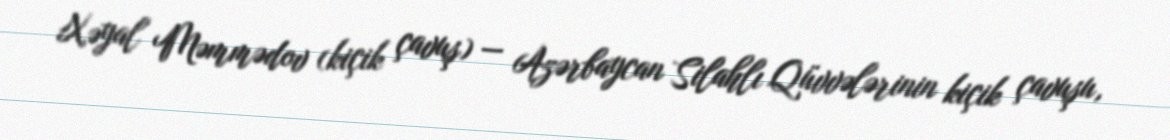
Xəyal Məmmədov (kiçik çavuş) — Azərbaycan Silahlı Qüvvələrinin kiçik çavuşu,